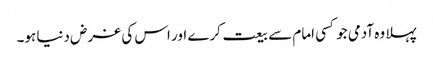
پہلا وہ آدمی جو کسی امام سے بیعت کرے اور اس کی غرض دنیا ہو۔